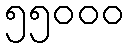
၅၅၀၀၀